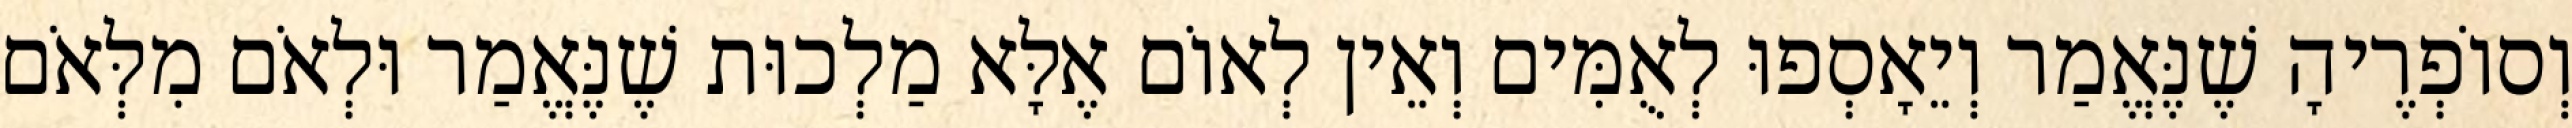
וְסוֹפְרֶיהָ שֶׁנֶּאֱמַר וְיֵאָסְפוּ לְאֻמִּים וְאֵין לְאוֹם אֶלָּא מַלְכוּת שֶׁנֶּאֱמַר וּלְאֹם מִלְּאֹם